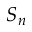
S _ { n }